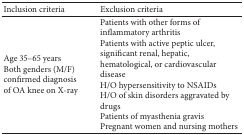
<table><thead><tr><td><b>Inclusion criteria </b></td><td><b>Exclusion criteria</b></td></tr></thead><tbody><tr><td>Age 35–65 yearsBoth genders (M/F)confirmed diagnosis of OA knee on X-ray</td><td>Patients with other forms of inflammatory arthritisPatients with active peptic ulcer, significant renal, hepatic, hematological, or cardiovascular diseaseH/O hypersensitivity to NSAIDsH/O of skin disorders aggravated by drugsPatients of myasthenia gravisPregnant women and nursing mothers</td></tr></tbody></table>